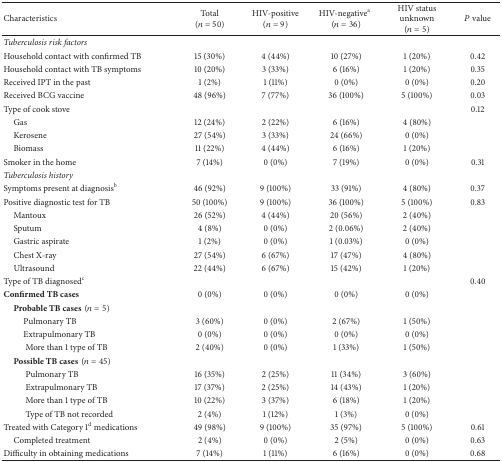
<table><thead><tr><td><b>Characteristics</b></td><td><b>Total (<i>n</i> = 50)</b></td><td><b>HIV-positive (<i>n</i> = 9)</b></td><td><b>HIV-negative<sup>a</sup>(<i>n</i> = 36)</b></td><td><b>HIV status unknown (<i>n</i> = 5)</b></td><td><b><i>P</i> value</b></td></tr></thead><tbody><tr><td><i>Tuberculosis risk factors </i></td><td> </td><td> </td><td> </td><td> </td><td> </td></tr><tr><td>Household contact with confirmed TB</td><td>15 (30%)</td><td>4 (44%)</td><td>10 (27%)</td><td>1 (20%)</td><td>0.42</td></tr><tr><td>Household contact with TB symptoms</td><td>10 (20%)</td><td>3 (33%)</td><td>6 (16%)</td><td>1 (20%)</td><td>0.35</td></tr><tr><td>Received IPT in the past</td><td>1 (2%)</td><td>1 (11%)</td><td>0 (0%)</td><td>0 (0%)</td><td>0.20</td></tr><tr><td>Received BCG vaccine</td><td>48 (96%)</td><td>7 (77%)</td><td>36 (100%)</td><td>5 (100%)</td><td>0.03</td></tr><tr><td>Type of cook stove </td><td> </td><td> </td><td> </td><td> </td><td>0.12</td></tr><tr><td> Gas</td><td>12 (24%)</td><td>2 (22%)</td><td>6 (16%)</td><td>4 (80%)</td><td> </td></tr><tr><td> Kerosene</td><td>27 (54%)</td><td>3 (33%)</td><td>24 (66%)</td><td>0 (0%)</td><td> </td></tr><tr><td> Biomass</td><td>11 (22%)</td><td>4 (44%)</td><td>6 (16%)</td><td>1 (20%)</td><td> </td></tr><tr><td>Smoker in the home</td><td>7 (14%)</td><td>0 (0%)</td><td>7 (19%)</td><td>0 (0%)</td><td>0.31</td></tr><tr><td><i>Tuberculosis history </i></td><td> </td><td> </td><td> </td><td> </td><td> </td></tr><tr><td>Symptoms present at diagnosis<sup>b</sup></td><td>46 (92%)</td><td>9 (100%)</td><td>33 (91%)</td><td>4 (80%)</td><td>0.37</td></tr><tr><td>Positive diagnostic test for TB</td><td>50 (100%)</td><td>9 (100%)</td><td>36 (100%)</td><td>5 (100%)</td><td>0.83</td></tr><tr><td> Mantoux</td><td>26 (52%)</td><td>4 (44%)</td><td>20 (56%)</td><td>2 (40%)</td><td> </td></tr><tr><td> Sputum</td><td>4 (8%)</td><td>0 (0%)</td><td>2 (0.06%)</td><td>2 (40%)</td><td> </td></tr><tr><td> Gastric aspirate</td><td>1 (2%)</td><td>0 (0%)</td><td>1 (0.03%)</td><td>0 (0%)</td><td> </td></tr><tr><td> Chest X-ray</td><td>27 (54%)</td><td>6 (67%)</td><td>17 (47%)</td><td>4 (80%)</td><td> </td></tr><tr><td> Ultrasound</td><td>22 (44%)</td><td>6 (67%)</td><td>15 (42%)</td><td>1 (20%)</td><td> </td></tr><tr><td>Type of TB diagnosed<sup>c</sup></td><td> </td><td> </td><td> </td><td> </td><td>0.40</td></tr><tr><td><b>Confirmed TB cases</b></td><td>0 (0%)</td><td>0 (0%)</td><td>0 (0%)</td><td>0 (0%)</td><td> </td></tr><tr><td> <b>Probable TB cases</b>(<i>n</i> = 5)</td><td> </td><td> </td><td> </td><td> </td><td> </td></tr><tr><td>Pulmonary TB</td><td>3 (60%)</td><td>0 (0%)</td><td>2 (67%)</td><td>1 (50%)</td><td> </td></tr><tr><td>Extrapulmonary TB</td><td>0 (0%)</td><td>0 (0%)</td><td>0 (0%)</td><td>0 (0%)</td><td> </td></tr><tr><td>More than 1 type of TB</td><td>2 (40%)</td><td>0 (0%)</td><td>1 (33%)</td><td>1 (50%)</td><td> </td></tr><tr><td> <b>Possible TB cases</b>(<i>n</i> = 45)</td><td> </td><td> </td><td> </td><td> </td><td> </td></tr><tr><td>Pulmonary TB</td><td>16 (35%)</td><td>2 (25%)</td><td>11 (34%)</td><td>3 (60%)</td><td> </td></tr><tr><td>Extrapulmonary TB</td><td>17 (37%)</td><td>2 (25%)</td><td>14 (43%)</td><td>1 (20%)</td><td> </td></tr><tr><td>More than 1 type of TB</td><td>10 (22%)</td><td>3 (37%)</td><td>6 (18%)</td><td>1 (20%)</td><td> </td></tr><tr><td>Type of TB not recorded</td><td>2 (4%)</td><td>1 (12%)</td><td>1 (3%)</td><td>0 (0%)</td><td> </td></tr><tr><td>Treated with Category 1<sup>d</sup> medications</td><td>49 (98%)</td><td>9 (100%)</td><td>35 (97%)</td><td>5 (100%)</td><td>0.61</td></tr><tr><td> Completed treatment</td><td>2 (4%)</td><td>0 (0%)</td><td>2 (5%)</td><td>0 (0%)</td><td>0.63</td></tr><tr><td>Difficulty in obtaining medications</td><td>7 (14%)</td><td>1 (11%)</td><td>6 (16%)</td><td>0 (0%)</td><td>0.68</td></tr></tbody></table>